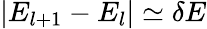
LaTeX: |E_{l+1}-E_{l}|\simeq\delta E